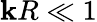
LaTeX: \mathbf{k}R\ll1